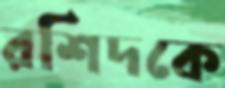
রশিদকে